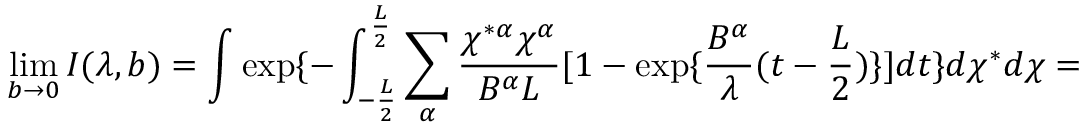
\operatorname * { l i m } _ { b \rightarrow 0 } I ( \lambda , b ) = \int \exp \{ - \int _ { - \frac { L } { 2 } } ^ { \frac { L } { 2 } } \sum _ { \alpha } \frac { \chi ^ { * \alpha } \chi ^ { \alpha } } { B ^ { \alpha } L } [ 1 - \exp \{ \frac { B ^ { \alpha } } { \lambda } ( t - \frac { L } { 2 } ) \} ] d t \} d \chi ^ { * } d \chi =